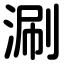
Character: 涮